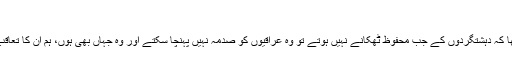
"
ان کا کہنا تھا کہ دہشتگردوں کے جب محفوظ ٹھکانے نہیں ہوتے تو وہ عراقیوں کو صدمہ نہیں پہنچا سکتے اور وہ جہاں بھی ہوں، ہم ان کا تعاقب کریں گے۔